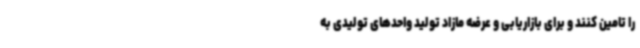
را تامین کنند و برای بازاریابی و عرضه مازاد تولید واحدهای تولیدی به